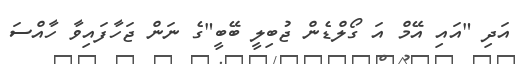
އަދި "އައި އޭމް އަ ގޯލްޑެން ޖުބިލީ ބޭބީ"ގެ ނަން ޖަހާފައިވާ ހާއްސަ